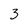
Character: 3